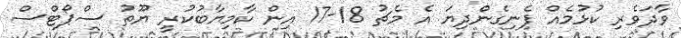
ވާދަވެރި ކުޅުމެއް ފެނިގެންދިޔަ އެ މެޗު 18-17 އިން ކާމިޔާބުކުރީ ޔޫތު ސްޕޯޓްސް